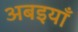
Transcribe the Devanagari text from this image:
अबइयाँ